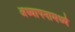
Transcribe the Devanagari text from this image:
अध्यापनामध्ये